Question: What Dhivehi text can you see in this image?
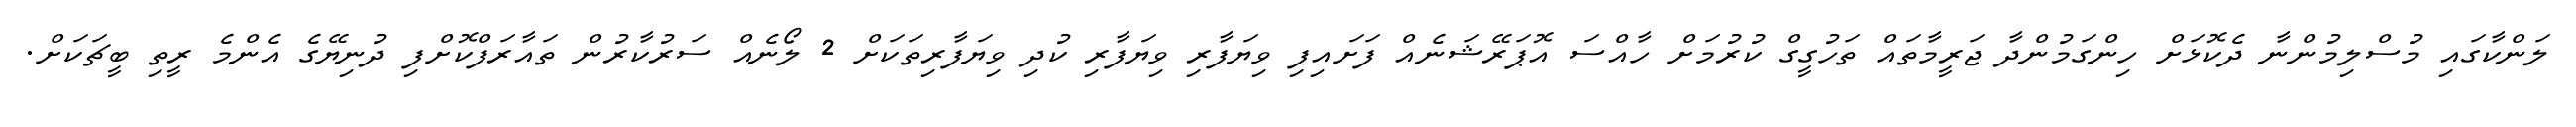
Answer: ލަންކާގައި މުސްލިމުންނާ ދެކޮޅަށް ހިންގަމުންދާ ޖަރީމާތައް ތަހުގީގް ކުރުމަށް ހާއްސަ އޮޕަރޭޝަނެއް ފަށައިފި ވިޔަފާރި ވިޔަފާރި ކުދި ވިޔަފާރިތަކަށް 2 ލޯނެއް ސަރުކާރުން ތައާރަފްކޮށްފި ދުނިޔޭގެ އެންމެ ރީތި ބީޗަކަށް.